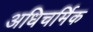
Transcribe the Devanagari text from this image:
अधिचर्मिक